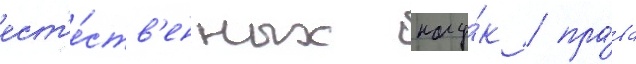
ест'е́ств'енных нау́к / пра́ва